King Institute of Preventive Medicine Micro-Biological Section reports 1912-19
Year: 1912
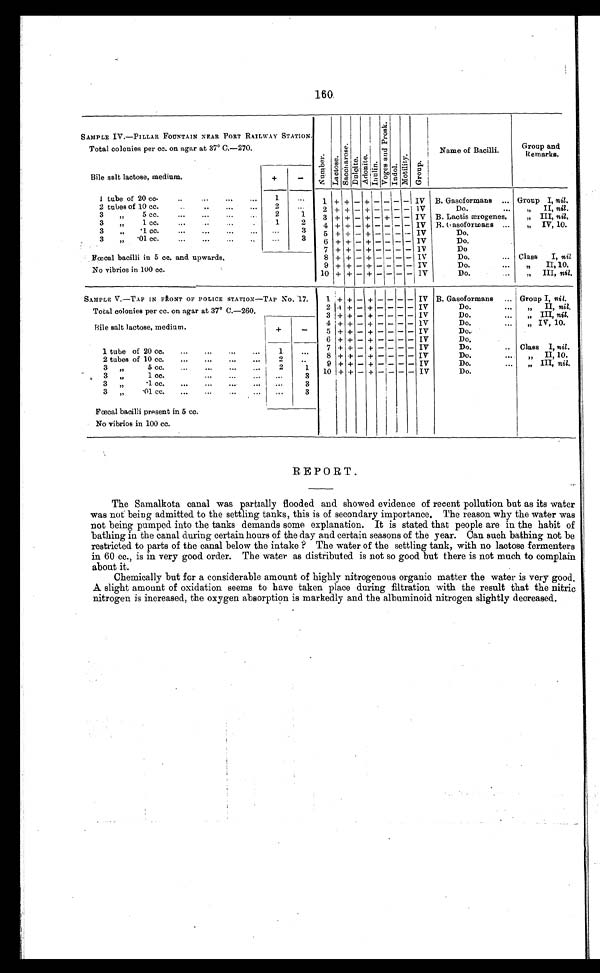
160
SAMPLE IV.—PILLAR FOUNTAIN NEAR PORT RAILWAY STATION.
Nu mb e r .
L a c t o s e .
S a c c h a r o s e .
Du l c i t e .
Ad o n i t e .
I n u l i n .
V o g e s a n d P r o s k .
I ndol .
Mo t i l i t y .
Gr oup.
Total colonies per cc. on agar at 37° C.—270.
Name of Bacilli.
Group and
Remarks.
Bile salt lactose, medium.
+
—
1 tube of 20 cc.
..
...
...
. . .
1 + + - + -
- -
- IV B. Gasoformans ... Group I, nil.
2 tubes of 10 cc. .
2
2 + + - + - - -
- IV
Do.
•••
„
II, nil.
3
„
5 cc .
...
...
...
2
1
3 + + - + - + -
- IV B. Lactis ærogenes.
„ III, nil.
3
,,
1 cc. ... .
1
2
4 + + - + - - -
- IV B. Gasoformans ...
,, IV, 10.
3 „ .1 cc.
3
.
. . .
3
5 + + - + - - -
- I V
D o
3
„ .01 cc. ... ... ... ..
...
3
6 + + - + - - -
- IV
Do.
7 + + - + - - -
- IV
Do
Fœcal bacilli in 5 cc. and upwards.
8 + + - + - - -
- IV
Do.
... Class I, nil
9 + + - + - - -
- IV
Do.
...
„
II, 10.
No vibrios in 100 cc.
10 + + - + - --
- IV
Do.
„ III, nil.
SAMPLE V.—TAP IN FRONT OF POLICE STATION—TAP No. 17.
1 + + - + - - - - IV B. Gasoformans ... Group I, nil.
Total colonies per cc. on agar at 37° C.—260.
2 + + - + - - - - IV
Do.
„ II, nil,
3 + + - + - - - - IV
Do.
...
„ III, nil.
Bile salt lactose, medium
4 + + - + - - - - IV
Do.
„ IV, 10.
+
-
5 + + - + - - - - IV
Do..
6 + + - + - - - - IV
Do.
7 + + - + - - - - IV
Do.
.. Class I, nil.
1 tube of 20 cc.
...
...
...
...
1
...
8 + + - + - - - - IV
Do.
...
„ II, 10.
2 tubes of 10 cc.
...
...
...
...
2
..
9 + + - + - - - - IV
Do.
... „ III, nil,
3 ,,
5 cc.
...
...
...
...
1 10 + + - + - - - - IV
Do.
, 3
„
1 cc.
...
...
...
...
3
3 „
.
1 c c .
. . .
. . .
. . . .
. . .
3
3 „
. 0 1 c c .
. . .
. . .
. . .
. . .
. . .
3
Fœcal bacilli present in 5 cc.
No vibrios in 100 cc.
REPORT.
The Samalkota canal was partially flooded and showed evidence of recent pollution but as its water
was not being admitted to the settling tanks, this is of secondary importance. The reason why the water was
not being pumped into the tanks demands some explanation. It is stated that people are in the habit of
bathing in the canal during certain hours of the day and certain seasons of the year. Can such bathing not be
restricted to parts of the canal below the intake ? The water of the settling tank, with no lactose fermenters
in 60 cc., is in very good order. The water as distributed is not so good but there is not much to complain
about it.
Chemically but for a considerable amount of highly nitrogenous organic matter the water is very good.
A slight amount of oxidation seems to have taken place during filtration with the result that the nitric
nitrogen is increased, the oxygen absorption is markedly and the albuminoid nitrogen slightly decreased.